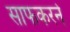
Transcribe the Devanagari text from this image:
साफकरने